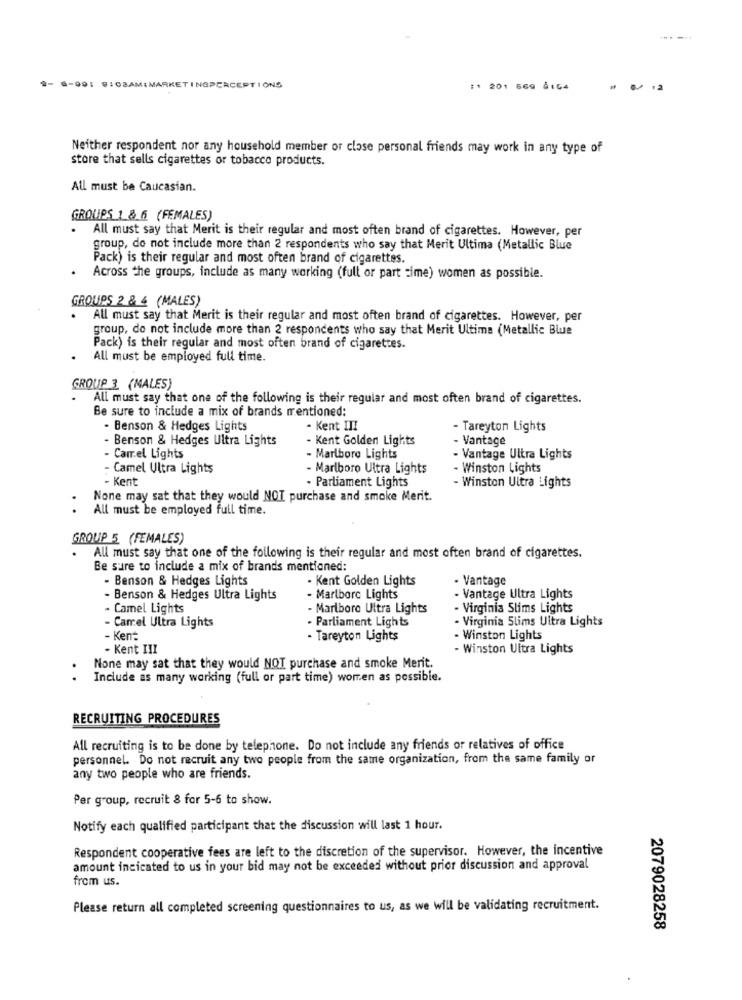
. ..
MIMARKETINGPERCEPTIONS
:1 201 569 8164
Neither respondent nor any household member or close personal friends may work in any type of
store that sells cigarettes or tobacco products.
All must be Caucasian.
GROUPS 1 & 6 (FEMALES)
.
All must say that Merit is their regular and most often brand of cigarettes. However, per
group, do not include more than 2 respondents who say that Merit Ultima (Metallic Blue
Pack) is their regular and most often brand of cigarettes.
. Across the groups, include as many working (full or part time) women as possible.
GROUPS 2 & 4 (MALES)
. All must say that Merit is their regular and most often brand of cigarettes. However, per
group, do not include more than 2 respondents who say that Merit Ultima (Metallic Blue
Pack) is their regular and most often brand of cigarettes.
All must be employed full time.
GROUP 3 (MALES)
All must say that one of the following is their regular and most often brand of cigarettes.
Be sure to include a mix of brands mentioned:
- Benson & Hedges Lights
- Kent III
- Tareyton Lights
- Benson & Hedges Ultra Lights
- Kent Golden Lights
- Vantage
- Camel Lights
- Marlboro Lights
- Vantage Ultra Lights
- Camel Ultra Lights
- Marlboro Ultra Lights
- Winston Lights
- Kent
. Parliament Lights
- Winston Ultra Lights
None may sat that they would NOT purchase and smoke Merit.
All must be employed full time.
GROUP 5 (FEMALES)
All must say that one of the following is their regular and most often brand of cigarettes.
Be sure to include a mix of brands mentioned:
- Benson & Hedges Lights
- Kent Golden Lights
· Vantage
- Benson & Hedges Ultra Lights
- Marlborc Lights
- Vantage Ultra Lights
Camel Lights
- Marlboro Ultra Lights
- Virginia Slims Lights
Camel Ultra Lights
- Parliament Lights
- Virginia Slims Ultra Lights
- Kent
- Tareyton Lights
- Winston Lights
- Kent III
- Winston Ultra Lights
None may sat that they would NOT purchase and smoke Merit.
..
Include as many working (full or part time) women as possible.
RECRUITING PROCEDURES
All recruiting is to be done by telephone. Do not include any friends or relatives of office
personnel. Do not recruit any two people from the same organization, from the same family or
any two people who are friends.
Per group, recruit 8 for 5-6 to show.
Notify each qualified participant that the discussion will last 1 hour.
Respondent cooperative fees are left to the discretion of the supervisor. However, the incentive
amount incicated to us in your bid may not be exceeded without prior discussion and approval
from us.
Please return all completed screening questionnaires to us, as we will be validating recruitment.
2079028258